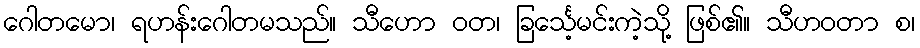
ဂေါတမော၊ ရဟန်းဂေါတမသည်။ သီဟော ဝတ၊ ခြင်္သေ့မင်းကဲ့သို့ ဖြစ်၏။ သီဟဝတာ စ၊